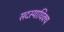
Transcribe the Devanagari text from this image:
सदस्याधिक्य